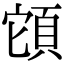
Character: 𩒂